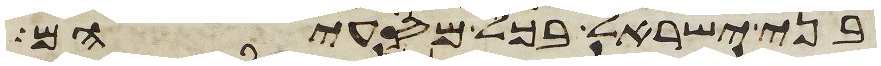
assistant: בני ישראל בכל מסעיהם